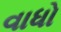
વાધો